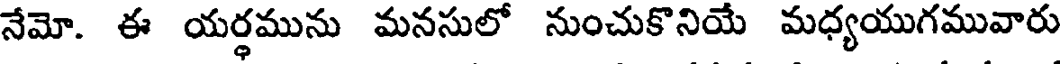
నేమో. ఈ యర్ధమును మనసులో నుంచుకొనియే మధ్యయుగమువారు